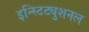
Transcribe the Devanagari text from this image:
इन्स्टिट्युशनल